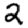
Digit: 2